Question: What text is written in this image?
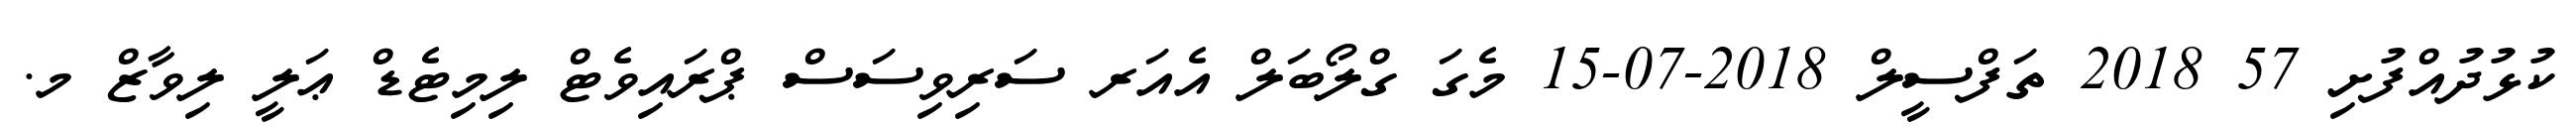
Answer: ކުޅުދުއްފުށި 57 2018 ތަފްސީލް 2018-07-15 މެގަ ގްލޯބަލް އެއަރ ސަރިވިސަސް ޕްރައިވެޓް ލިމިޓެޑް ޢަލީ ލިވާޒް މ.